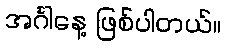
အင်္ဂါနေ့ ဖြစ်ပါတယ်။